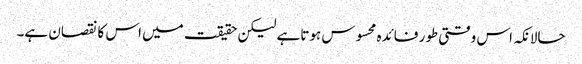
حالانکہ اس وقتی طور فائدہ محسوس ہوتاہے لیکن حقیقت میں اس کا نقصان ہے۔